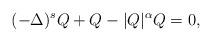
LaTeX: \begin{align*}(-\Delta)^s Q + Q - |Q|^\alpha Q=0,\end{align*}